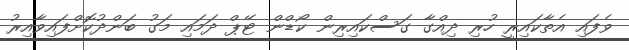
ވެފައި އެތާކައިރީ ހުރި ދިއްގާ ގަސްކައިރިން ކޯޑްން ޓޭޕް ދަމައި މަގު ބަންދުކޮށްފައިވާއިރު